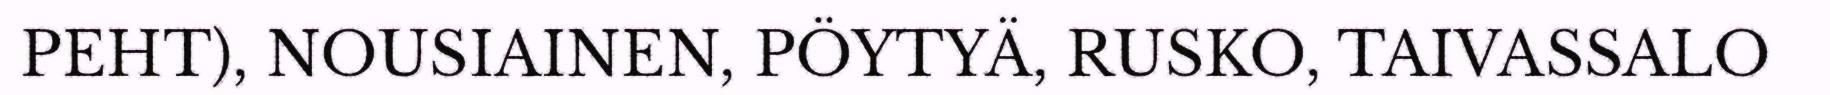
PEHT), NOUSIAINEN, PÖYTYÄ, RUSKO, TAIVASSALO